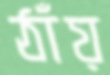
ঠাঁয়